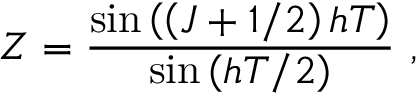
Z = { \frac { \sin \left( \left( J + 1 / 2 \right) h T \right) } { \sin \left( h T / 2 \right) } } \ ,